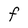
Character: F